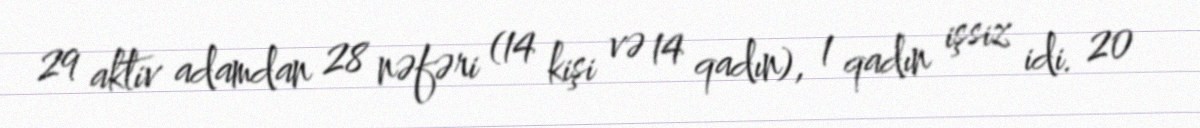
29 aktiv adamdan 28 nəfəri (14 kişi və 14 qadın), 1 qadın işsiz idi. 20